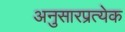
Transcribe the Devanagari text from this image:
अनुसारप्रत्येक